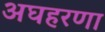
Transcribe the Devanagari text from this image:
अघहरणा